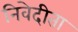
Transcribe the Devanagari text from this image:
निवेदीता